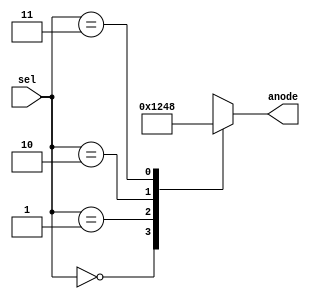
`timescale 1ns / 1ps
//////////////////////////////////////////////////////////////////////////////////
// Company: 
// Engineer: 
// 
// Design Name: 
// Module Name:    anode_controller 
// Project Name: 
// Target Devices: 
// Tool versions: 
// Description: 
//
// Dependencies: 
//
// Revision: 
// Revision 0.01 - File Created
// Additional Comments: 
//
//////////////////////////////////////////////////////////////////////////////////
module anode_controller(sel,anode);

	input [1:0]sel;
	output reg [3:0]anode = 4'd0;
	
	always @(sel)
	begin
		case(sel)
			2'd0 : anode = 4'b0001;	//right most
			2'd1 : anode = 4'b0010;
			2'd2 : anode = 4'b0100;
			2'd3 : anode = 4'b1000;	//left most
		endcase
	end

endmodule